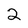
Character: 2